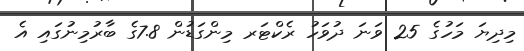
މިދިޔަ މަހުގެ 25 ވަނަ ދުވަހު ރެކްޓަރ މިންގަޑުން 7.8ގެ ބާރުމިނުގައި އެ